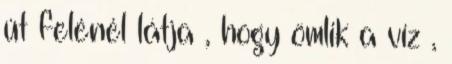
út felénél látja , hogy ömlik a víz ,